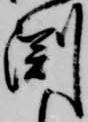
渕